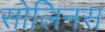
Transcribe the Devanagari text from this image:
सोलिनस